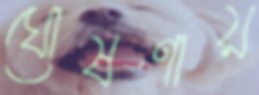
ঘোষণায়